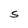
Character: S